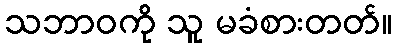
သဘာဝကို သူ မခံစားတတ်။